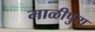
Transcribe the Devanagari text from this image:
माळीपुरा